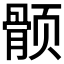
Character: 𱂵